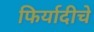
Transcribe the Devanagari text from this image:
फिर्यादीचे